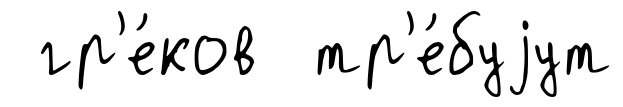
гр'е́ков тр'е́буjут